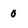
Character: 0